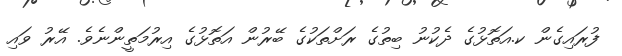
ފުރައިގެން ކ.އަތޮޅުގެ ދެކުނު ބިތުގެ ރަށްތަކުގެ ބޭރުން އަތޮޅުގެ އިރުމަތީންނެވެ. އޭރު ވައި